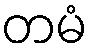
တမံ